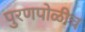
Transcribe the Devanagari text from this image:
पुरणपोळीच